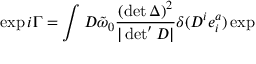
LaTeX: \exp i \Gamma = \int D \tilde { \omega } _ { 0 } \frac { ( \operatorname * { d e t } \Delta ) ^ { 2 } } { | \operatorname * { d e t } ^ { \prime } D | } \delta ( D ^ { i } e _ { i } ^ { a } ) \exp